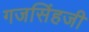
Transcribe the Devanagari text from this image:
गजसिंहजी